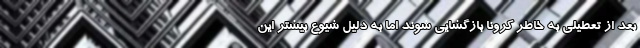
بعد از تعطیلی به خاطر کرونا بازگشایی شوند اما به دلیل شیوع بیشتر این